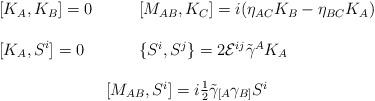
LaTeX: \begin{align*}\begin{array}{ll}[K_{A},K_{B}]=0~~~ &~~~[M_{AB},K_{C}]=i(\eta_{AC}K_{B}-\eta_{BC}K_{A})\\{}&{}\\\displaystyle{[K_{A},S^{i}]=0} ~~~&~~~ \{S^{i},S^{j}\}=2{\cal E}^{ij}\tilde{\gamma}^{A}K_{A}\\{}&{}\\\multicolumn{2}{c}{[M_{AB},S^{i}]=i\textstyle{\frac{1}{2}}\tilde{\gamma}_{[A}\gamma_{B]}S^{i}}\end{array}\end{align*}